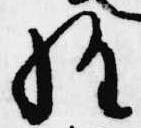
経